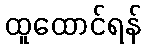
ထူထောင်ရန်